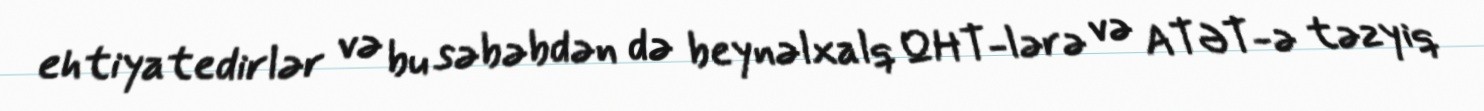
ehtiyatedirlər və bu səbəbdən də beynəlxalq QHT-lərə və ATƏT-ə təzyiq